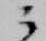
云